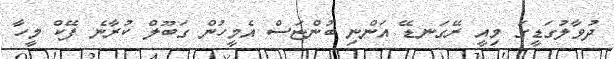
ދުވާލުގަޑީގަ މިއީ ރޭގަނޑޭ އަންނި ބުންޏަސް އެމީހުން ގަބޫލް ކުރާނެ ފޭކް މީހާ